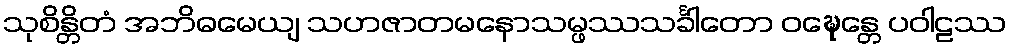
သုစိန္တိတံ အဘိဓမေယျ သဟဇာတမနောသမ္ဖဿသင်္ခါတော ဝဍ္ဎေန္တေ ပဝါဠဿ